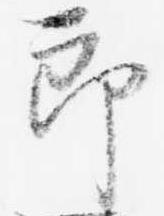
郎